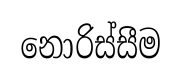
නොරිස්සීම